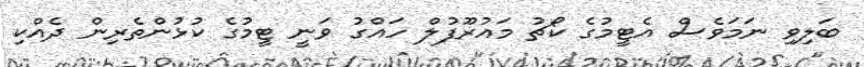
ބަލިވި ނަމަވެސް އެޓީމުގެ ކޯޗު މައުރޫފުލް ހައްގު ވަނީ ޓީމުގެ ކުޅުންތެރިން ދެއްކި